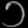
Digit: ၁